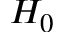
H _ { 0 }